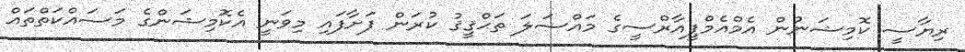
ރިޔާސީ ކޮމިޝަނުން އެމްއެމްޕީއާރްސީގެ މައްސަލަ ތަޙްޤީޤު ކުރަން ފަށާފައި މިވަނީ އެކޮމިޝަންގެ މަސައްކަތްތައް